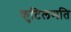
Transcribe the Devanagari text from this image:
कुटिलमति